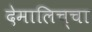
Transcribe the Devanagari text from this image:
देमालिच्चा